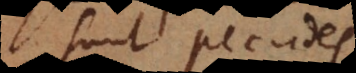
sunt pecudes,